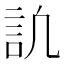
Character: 𧥬